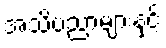
အသိပညာများနှင့်